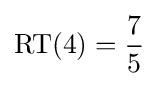
\operatorname {RT} (4)={\frac {7}{5}}